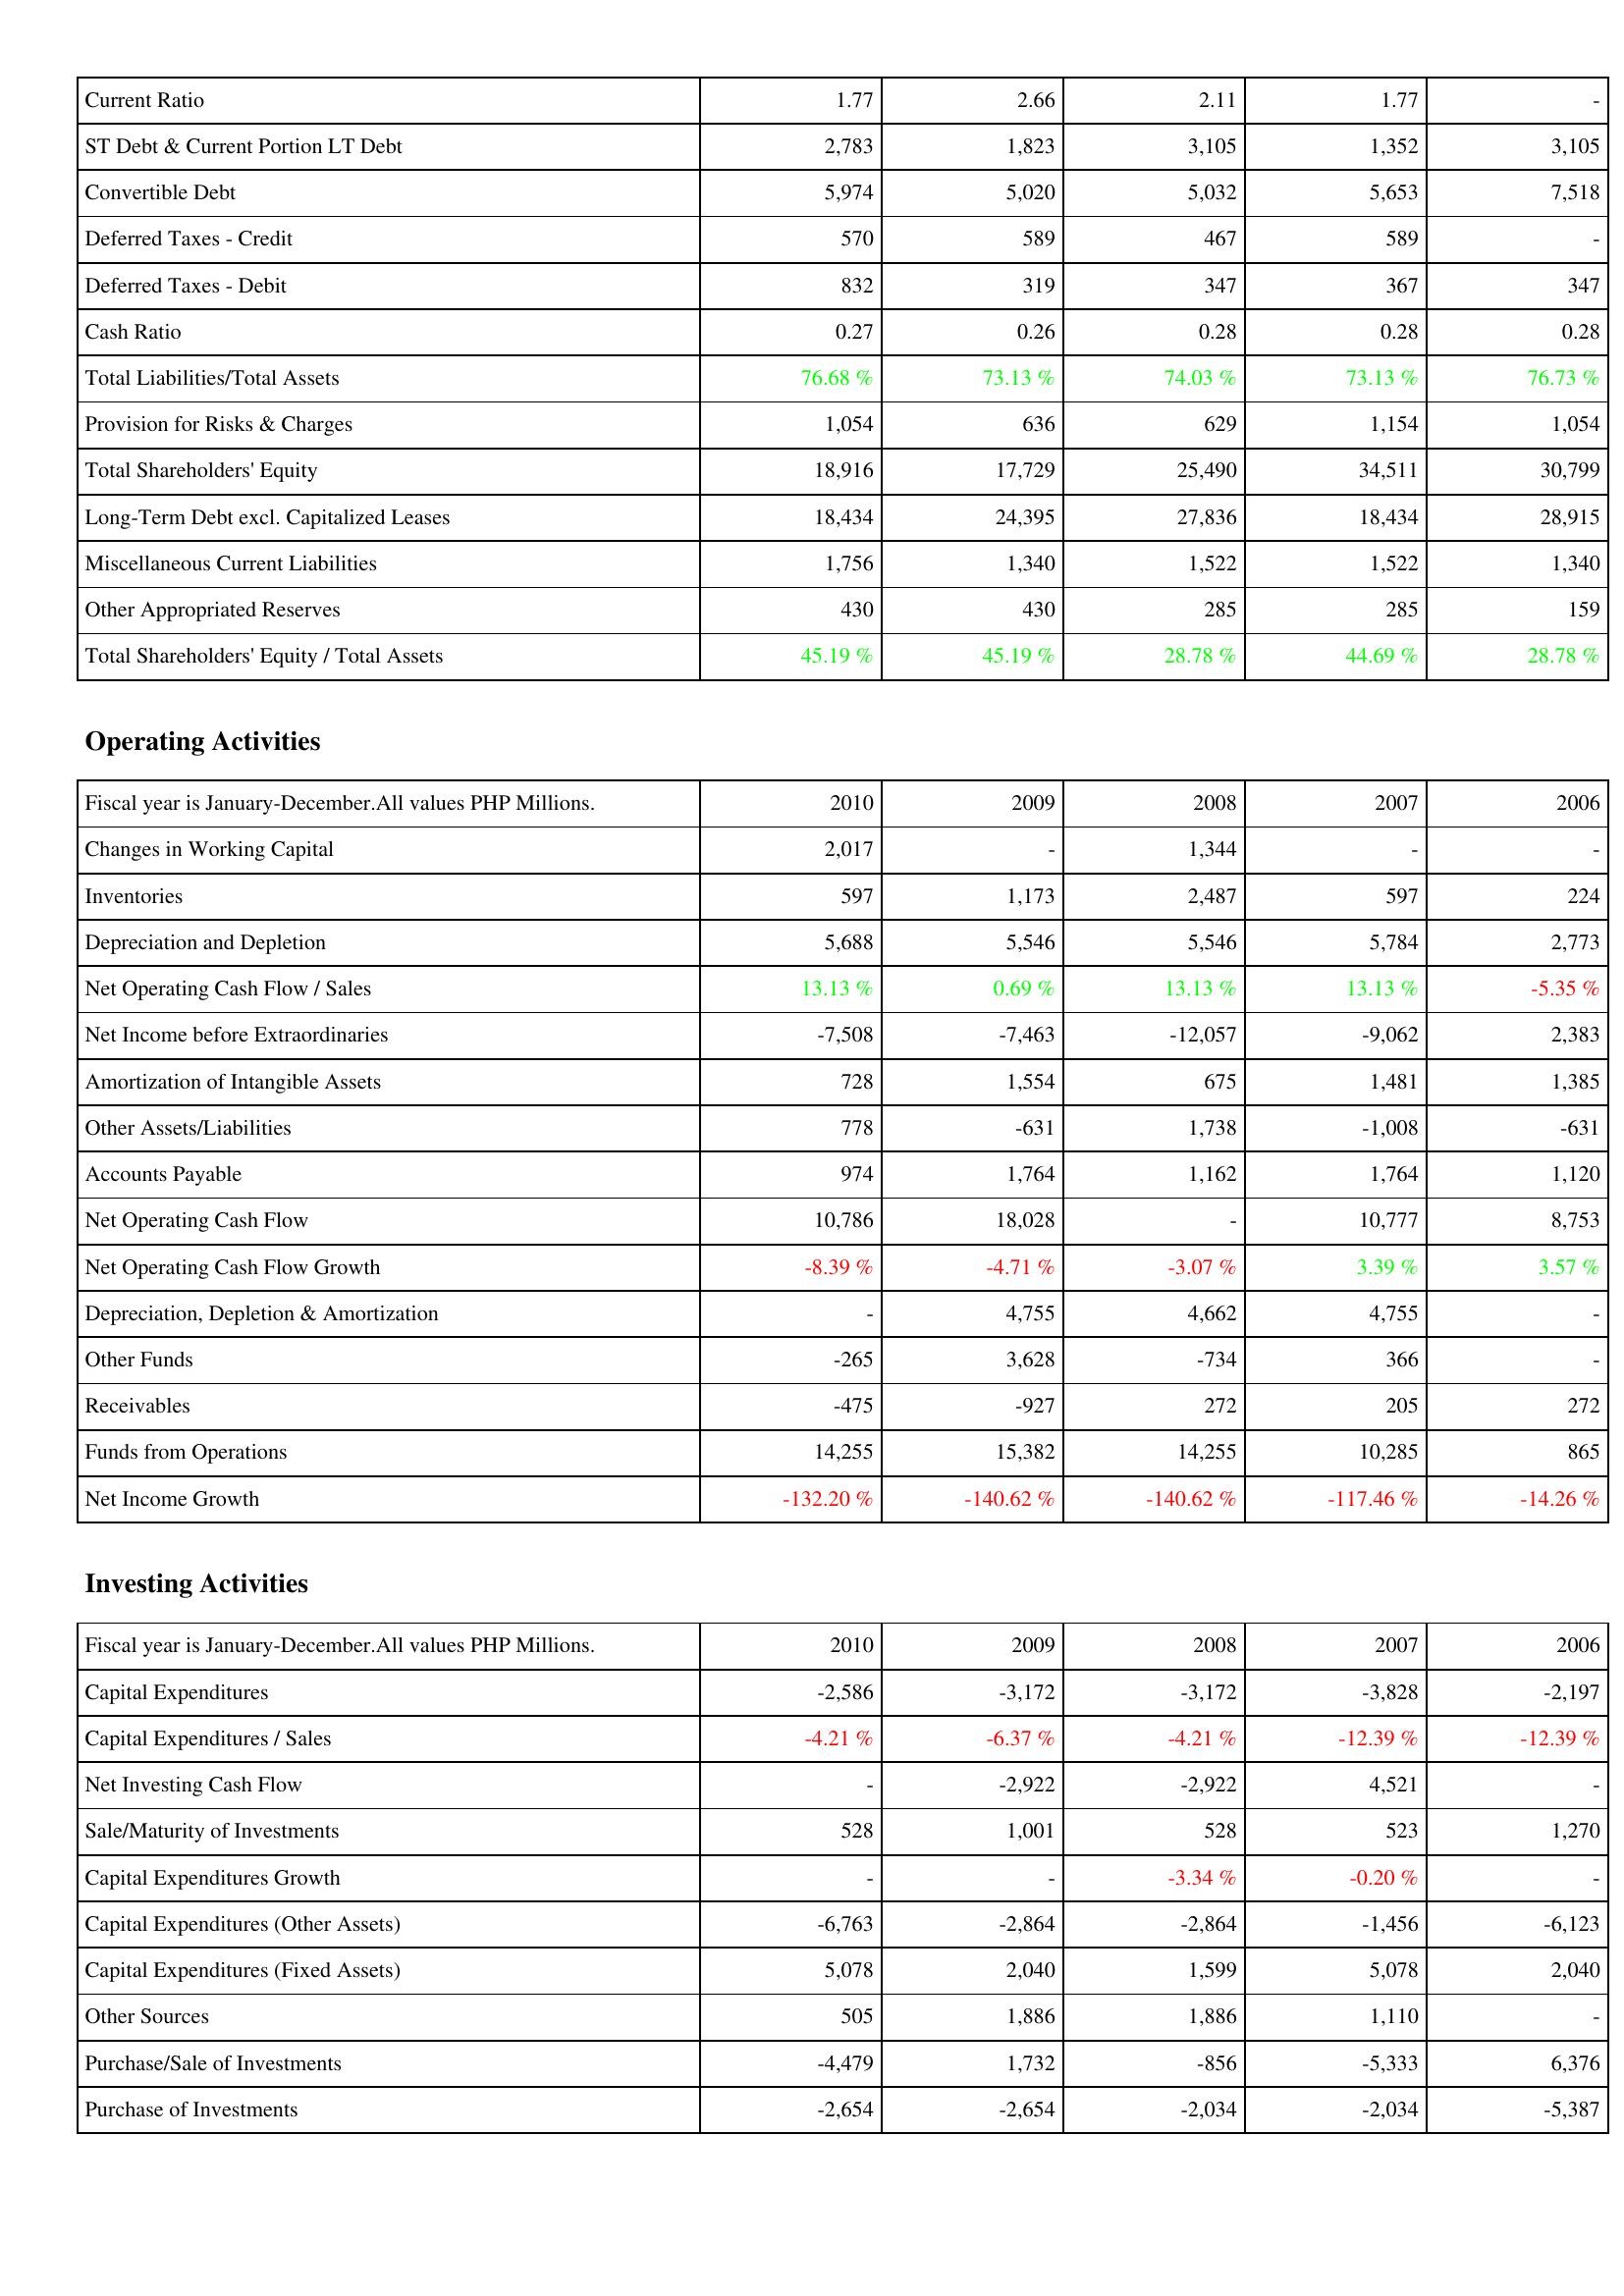
2010: Liabilities & Shareholders' Equity: Current Ratio: 1.77
ST Debt & Current Portion LT Debt: 2,783
Convertible Debt: 5,974
Deferred Taxes - Credit: 570
Deferred Taxes - Debit: 832
Cash Ratio: 0.27
Total Liabilities/Total Assets: 76.68 %
Provision for Risks & Charges: 1,054
Total Shareholders' Equity: 18,916
Long-Term Debt excl. Capitalized Leases: 18,434
Miscellaneous Current Liabilities: 1,756
Other Appropriated Reserves: 430
Total Shareholders' Equity / Total Assets: 45.19 %
Operating Activities: Changes in Working Capital: 2,017
Inventories: 597
Depreciation and Depletion: 5,688
Net Operating Cash Flow / Sales: 13.13 %
Net Income before Extraordinaries: -7,508
Amortization of Intangible Assets: 728
Other Assets/Liabilities: 778
Accounts Payable: 974
Net Operating Cash Flow: 10,786
Net Operating Cash Flow Growth: -8.39 %
Depreciation, Depletion & Amortization: -
Other Funds: -265
Receivables: -475
Funds from Operations: 14,255
Net Income Growth: -132.20 %
Investing Activities: Capital Expenditures: -2,586
Capital Expenditures / Sales: -4.21 %
Net Investing Cash Flow: -
Sale/Maturity of Investments: 528
Capital Expenditures Growth: -
Capital Expenditures (Other Assets): -6,763
Capital Expenditures (Fixed Assets): 5,078
Other Sources: 505
Purchase/Sale of Investments: -4,479
Purchase of Investments: -2,654
2009: Liabilities & Shareholders' Equity: Current Ratio: 2.66
ST Debt & Current Portion LT Debt: 1,823
Convertible Debt: 5,020
Deferred Taxes - Credit: 589
Deferred Taxes - Debit: 319
Cash Ratio: 0.26
Total Liabilities/Total Assets: 73.13 %
Provision for Risks & Charges: 636
Total Shareholders' Equity: 17,729
Long-Term Debt excl. Capitalized Leases: 24,395
Miscellaneous Current Liabilities: 1,340
Other Appropriated Reserves: 430
Total Shareholders' Equity / Total Assets: 45.19 %
Operating Activities: Changes in Working Capital: -
Inventories: 1,173
Depreciation and Depletion: 5,546
Net Operating Cash Flow / Sales: 0.69 %
Net Income before Extraordinaries: -7,463
Amortization of Intangible Assets: 1,554
Other Assets/Liabilities: -631
Accounts Payable: 1,764
Net Operating Cash Flow: 18,028
Net Operating Cash Flow Growth: -4.71 %
Depreciation, Depletion & Amortization: 4,755
Other Funds: 3,628
Receivables: -927
Funds from Operations: 15,382
Net Income Growth: -140.62 %
Investing Activities: Capital Expenditures: -3,172
Capital Expenditures / Sales: -6.37 %
Net Investing Cash Flow: -2,922
Sale/Maturity of Investments: 1,001
Capital Expenditures Growth: -
Capital Expenditures (Other Assets): -2,864
Capital Expenditures (Fixed Assets): 2,040
Other Sources: 1,886
Purchase/Sale of Investments: 1,732
Purchase of Investments: -2,654
2008: Liabilities & Shareholders' Equity: Current Ratio: 2.11
ST Debt & Current Portion LT Debt: 3,105
Convertible Debt: 5,032
Deferred Taxes - Credit: 467
Deferred Taxes - Debit: 347
Cash Ratio: 0.28
Total Liabilities/Total Assets: 74.03 %
Provision for Risks & Charges: 629
Total Shareholders' Equity: 25,490
Long-Term Debt excl. Capitalized Leases: 27,836
Miscellaneous Current Liabilities: 1,522
Other Appropriated Reserves: 285
Total Shareholders' Equity / Total Assets: 28.78 %
Operating Activities: Changes in Working Capital: 1,344
Inventories: 2,487
Depreciation and Depletion: 5,546
Net Operating Cash Flow / Sales: 13.13 %
Net Income before Extraordinaries: -12,057
Amortization of Intangible Assets: 675
Other Assets/Liabilities: 1,738
Accounts Payable: 1,162
Net Operating Cash Flow: -
Net Operating Cash Flow Growth: -3.07 %
Depreciation, Depletion & Amortization: 4,662
Other Funds: -734
Receivables: 272
Funds from Operations: 14,255
Net Income Growth: -140.62 %
Investing Activities: Capital Expenditures: -3,172
Capital Expenditures / Sales: -4.21 %
Net Investing Cash Flow: -2,922
Sale/Maturity of Investments: 528
Capital Expenditures Growth: -3.34 %
Capital Expenditures (Other Assets): -2,864
Capital Expenditures (Fixed Assets): 1,599
Other Sources: 1,886
Purchase/Sale of Investments: -856
Purchase of Investments: -2,034
2007: Liabilities & Shareholders' Equity: Current Ratio: 1.77
ST Debt & Current Portion LT Debt: 1,352
Convertible Debt: 5,653
Deferred Taxes - Credit: 589
Deferred Taxes - Debit: 367
Cash Ratio: 0.28
Total Liabilities/Total Assets: 73.13 %
Provision for Risks & Charges: 1,154
Total Shareholders' Equity: 34,511
Long-Term Debt excl. Capitalized Leases: 18,434
Miscellaneous Current Liabilities: 1,522
Other Appropriated Reserves: 285
Total Shareholders' Equity / Total Assets: 44.69 %
Operating Activities: Changes in Working Capital: -
Inventories: 597
Depreciation and Depletion: 5,784
Net Operating Cash Flow / Sales: 13.13 %
Net Income before Extraordinaries: -9,062
Amortization of Intangible Assets: 1,481
Other Assets/Liabilities: -1,008
Accounts Payable: 1,764
Net Operating Cash Flow: 10,777
Net Operating Cash Flow Growth: 3.39 %
Depreciation, Depletion & Amortization: 4,755
Other Funds: 366
Receivables: 205
Funds from Operations: 10,285
Net Income Growth: -117.46 %
Investing Activities: Capital Expenditures: -3,828
Capital Expenditures / Sales: -12.39 %
Net Investing Cash Flow: 4,521
Sale/Maturity of Investments: 523
Capital Expenditures Growth: -0.20 %
Capital Expenditures (Other Assets): -1,456
Capital Expenditures (Fixed Assets): 5,078
Other Sources: 1,110
Purchase/Sale of Investments: -5,333
Purchase of Investments: -2,034
2006: Liabilities & Shareholders' Equity: Current Ratio: -
ST Debt & Current Portion LT Debt: 3,105
Convertible Debt: 7,518
Deferred Taxes - Credit: -
Deferred Taxes - Debit: 347
Cash Ratio: 0.28
Total Liabilities/Total Assets: 76.73 %
Provision for Risks & Charges: 1,054
Total Shareholders' Equity: 30,799
Long-Term Debt excl. Capitalized Leases: 28,915
Miscellaneous Current Liabilities: 1,340
Other Appropriated Reserves: 159
Total Shareholders' Equity / Total Assets: 28.78 %
Operating Activities: Changes in Working Capital: -
Inventories: 224
Depreciation and Depletion: 2,773
Net Operating Cash Flow / Sales: -5.35 %
Net Income before Extraordinaries: 2,383
Amortization of Intangible Assets: 1,385
Other Assets/Liabilities: -631
Accounts Payable: 1,120
Net Operating Cash Flow: 8,753
Net Operating Cash Flow Growth: 3.57 %
Depreciation, Depletion & Amortization: -
Other Funds: -
Receivables: 272
Funds from Operations: 865
Net Income Growth: -14.26 %
Investing Activities: Capital Expenditures: -2,197
Capital Expenditures / Sales: -12.39 %
Net Investing Cash Flow: -
Sale/Maturity of Investments: 1,270
Capital Expenditures Growth: -
Capital Expenditures (Other Assets): -6,123
Capital Expenditures (Fixed Assets): 2,040
Other Sources: -
Purchase/Sale of Investments: 6,376
Purchase of Investments: -5,387